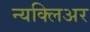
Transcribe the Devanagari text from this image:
न्यक्लिअर